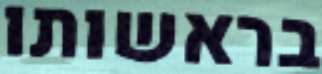
בראשותו